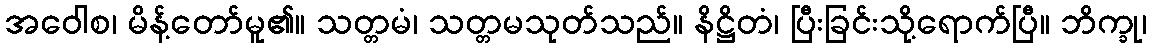
အဝေါစ၊ မိန့်တော်မူ၏။ သတ္တမံ၊ သတ္တမသုတ်သည်။ နိဋ္ဌိတံ၊ ပြီးခြင်းသို့ရောက်ပြီ။ ဘိက္ခု၊